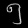
Digit: ၅